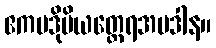
ဧကပဒိုမိယတ္ထေရအပဒါန။